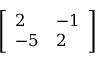
\left[ { \begin{array} { l l } { 2 } & { - 1 } \\ { - 5 } & { 2 } \end{array} } \right]